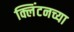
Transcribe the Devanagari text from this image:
क्लिंटनच्या